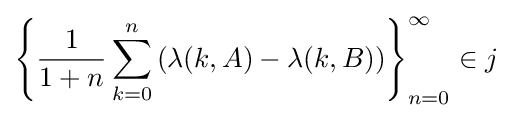
\left\{{\frac {1}{1+n}}\sum _{k=0}^{n}\left(\lambda (k,A)-\lambda (k,B)\right)\right\}_{n=0}^{\infty }\in j